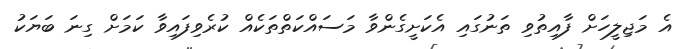
އެ މަޖިލީހަށް ފާއިތުވި ތަނުގައި އެކަށީގެންވާ މަސައްކަތްތަކެއް ކުރެވިފައިވާ ކަމަށް ގިނަ ބަޔަކު